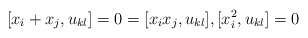
\begin{gather*}[x_i+x_j,u_{kl}]=0=[x_i x_j,u_{kl}], [x_i^2,u_{kl}]=0\end{gather*}